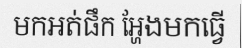
មកអត់ផឹក អ្ហែងមកធ្វើ